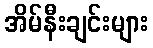
အိမ်နီးချင်းများ